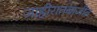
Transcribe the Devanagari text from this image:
जाहीरातबाजीत